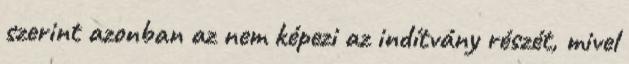
szerint azonban az nem képezi az indítvány részét, mivel